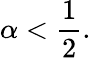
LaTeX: \alpha<{\frac{1}{2}}.